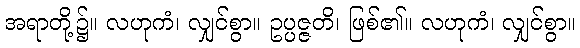
အရာတို့၌။ လဟုကံ၊ လျှင်စွာ။ ဥပ္ပဇ္ဇတိ၊ ဖြစ်၏။ လဟုကံ၊ လျှင်စွာ။